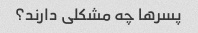
پسرها چه مشکلی دارند؟